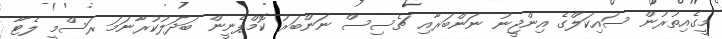
މީގެއިތުރުން ސައިކަލްގެ އިންޖީނު ނަންބަރާއި ޗެސިސް ނަންބަރު ކޮމްޕެނީން ބަދަލުކުރާނަމަ ރަސްމީ ލެޓާ